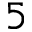
5